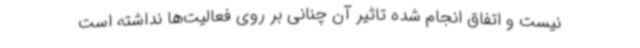
نیست و اتفاق انجام شده تاثیر آن چنانی بر روی فعالیت‌ها نداشته است